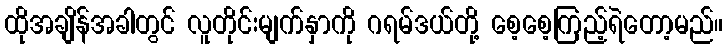
ထိုအချိန်အခါတွင် လူတိုင်းမျက်နှာကို ဂရမ်ဒယ်တို့ စေ့စေ့ကြည့်ရဲတော့မည်။